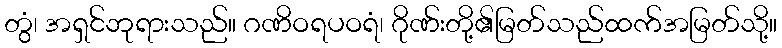
တွံ၊ အရှင်ဘုရားသည်။ ဂဏိဝရပဝရံ၊ ဂိုဏ်းတို့၏မြတ်သည်ထက်အမြတ်သို့။